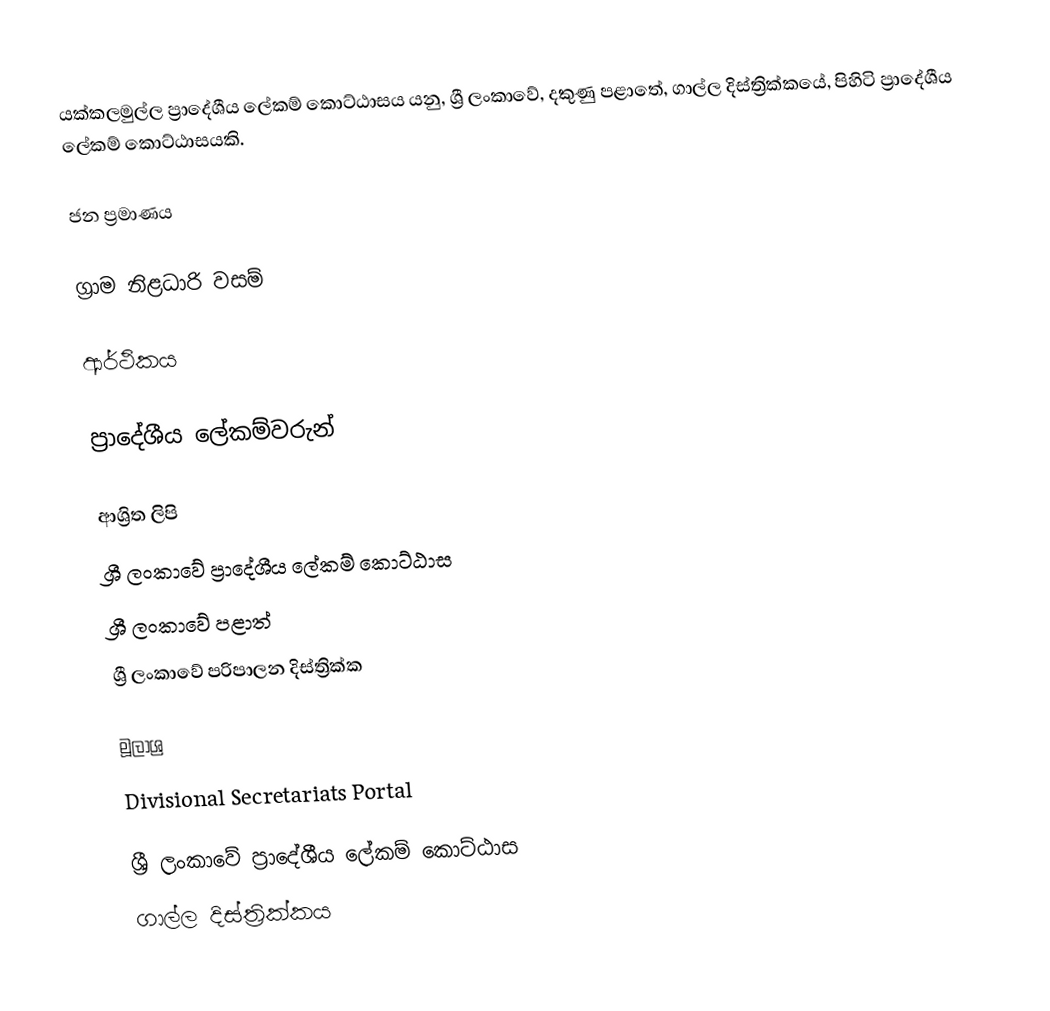
යක්කලමුල්ල ප්‍රාදේශීය ලේකම් කොට්ඨාසය යනු,  ශ්‍රී ලංකාවේ, දකුණු පළාතේ,   ගාල්ල දිස්ත්‍රික්කයේ, පිහිටි ප්‍රාදේශීය ලේකම් කොට්ඨාසයකි.

ජන ප්‍රමාණය

ග්‍රාම නිළධාරි වසම්

ආර්ථිකය

ප්‍රාදේශීය ලේකම්වරුන්

ආශ්‍රිත ලිපි
ශ්‍රී ලංකාවේ ප්‍රාදේශීය ලේකම් කොට්ඨාස
ශ්‍රී ලංකාවේ පළාත්
ශ්‍රී ලංකාවේ පරිපාලන දිස්ත්‍රික්ක

මූලාශ්‍ර
 Divisional Secretariats Portal

ශ්‍රී ලංකාවේ ප්‍රාදේශීය ලේකම් කොට්ඨාස
ගාල්ල දිස්ත්‍රික්කය